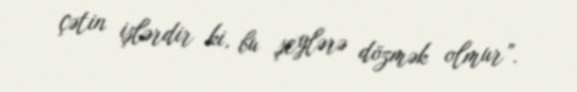
çətin işlərdir ki, bu şeylərə dözmək olmur”.